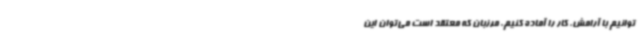
توانیم با آرامش، کار را آماده کنیم. مرزبان که معتقد است می‌توان این